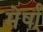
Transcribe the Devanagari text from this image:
मेर्षा